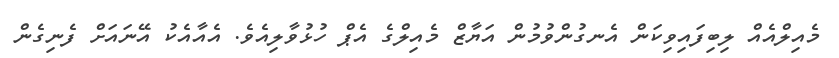
މެއިލްއެއް ލިބިފައިވިކަން އެނގުންވުމުން އަޔާޒް މެއިލްގެ އެޕް ހުޅުވާލިއެވެ. އެއާއެކު އޭނައަށް ފެނިގެން